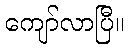
ကျော်လာပြီ။